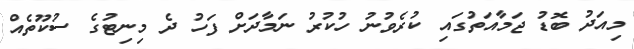
މިއަދު ބޮޑު ޖަމާއަތުގައި ކުރެވުނު ހުކުރު ނަމާދަށް ފަހު ދެ މިނިޓުގެ ސުކޫތެއް